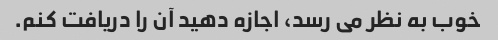
خوب به نظر می رسد، اجازه دهید آن را دریافت کنم.